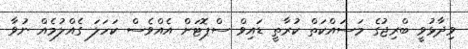
ވިދާޅުވީ ބްރިޖުގެ މަސައްކަތް ކުރާތީ ޑައިވް ސްޕޮޓަށް އެއްވެސް ކަހަލަ ގެއްލުމެއް ނުވާ